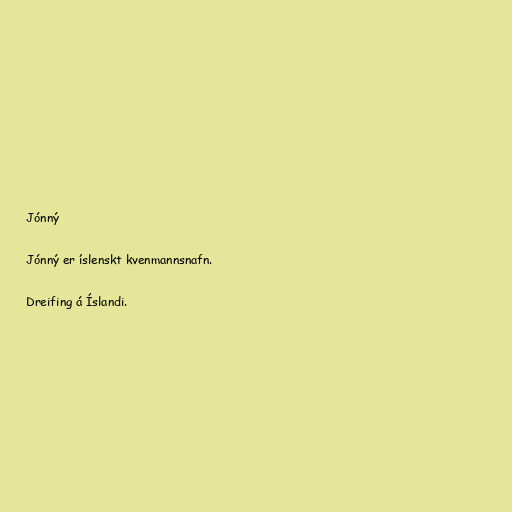
Jónný

Jónný er íslenskt kvenmannsnafn.

Dreifing á Íslandi.